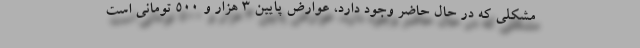
مشکلی که در حال حاضر وجود دارد، عوارض پایین ۳ هزار و ۵۰۰ تومانی است